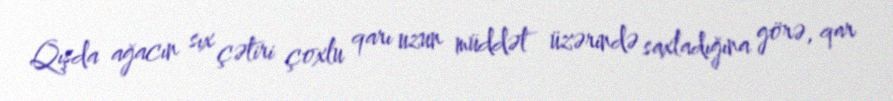
Qışda ağacın sıx çətiri çoxlu qarı uzun müddət üzərində saxladığına görə, qar